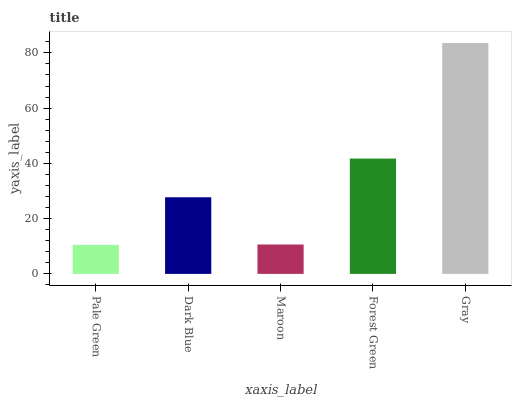
| xaxis_label | bars |
 | --- | --- |
 | Pale Green | 10.5 |
 | Dark Blue | 27.7 |
 | Maroon | 10.6 |
 | Forest Green | 41.7 |
 | Gray | 83.6 |